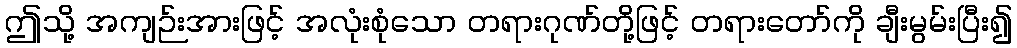
ဤသို့ အကျဉ်းအားဖြင့် အလုံးစုံသော တရားဂုဏ်တို့ဖြင့် တရားတော်ကို ချီးမွမ်းပြီး၍